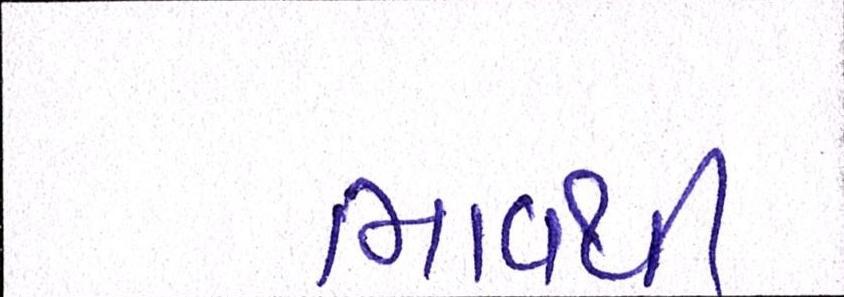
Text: ભાવથી